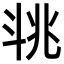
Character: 𣁶